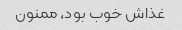
غذاش خوب بود، ممنون